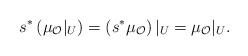
LaTeX: \begin{align*}s^*\left(\mu_{\mathcal O}|_{U}\right)=\left(s^*\mu_{\mathcal O}\right)|_{U}=\mu_{\mathcal O}|_{U}.\end{align*}